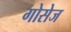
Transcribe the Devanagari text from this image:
गोसेज